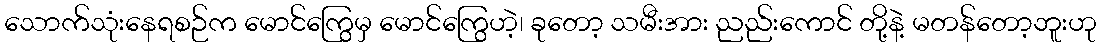
သောက်သုံးနေရစဉ်က မောင်ကြွေမှ မောင်ကြွေဟဲ့၊ ခုတော့ သမီးအား ညည်းကောင် တို့နဲ့ မတန်တော့ဘူးဟု